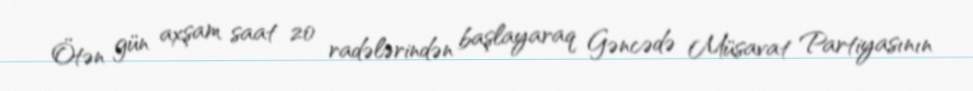
Ötən gün axşam saat 20 radələrindən başlayaraq Gəncədə Müsavat Partiyasının